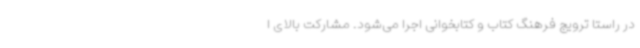
در راستا ترویج فرهنگ کتاب و کتابخوانی اجرا می‌شود. مشارکت بالای ا